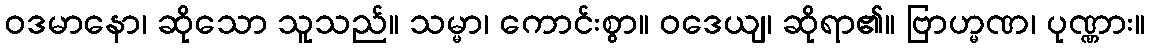
ဝဒမာနော၊ ဆိုသော သူသည်။ သမ္မာ၊ ကောင်းစွာ။ ဝဒေယျ၊ ဆိုရာ၏။ ဗြာဟ္မဏ၊ ပုဏ္ဏား။